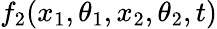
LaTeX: f_{2}(x_{1},\theta_{1},x_{2},\theta_{2},t)